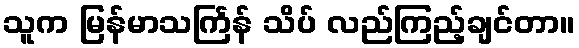
သူက မြန်မာသင်္ကြန် သိပ် လည်ကြည့်ချင်တာ။